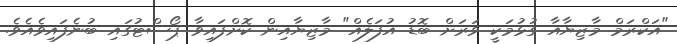
"އަކްރަމް މާޒިޔާއާ ގުޅުމަކީ ވަރަށް ބޮޑު އުފަލެއް" މާޒިޔާއިން ކޮށްފައިވާ ޕޯސްޓުގައި ބުނެފައިވެއެވެ.